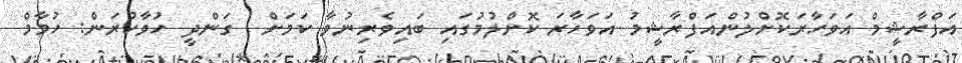
އަފްރާޝީމް އަވަހާރަކޮށްލުންއަފްރާޝީމު އަވަހާރަ ކޮށްލުމުގައި ބައިވެރިނުވާ ކަމަށް  ގަންދީ ހުވާކުރަން: ހުމާމް